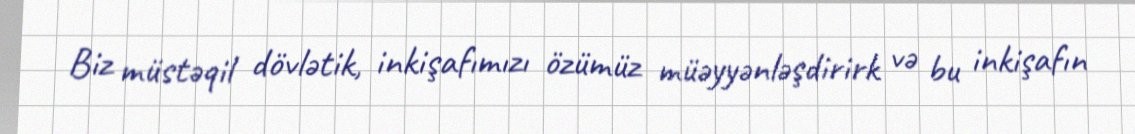
Biz müstəqil dövlətik, inkişafımızı özümüz müəyyənləşdirirk və bu inkişafın